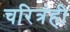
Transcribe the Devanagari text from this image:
चरित्रंही